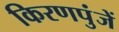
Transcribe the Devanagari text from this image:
किरणपुंजें